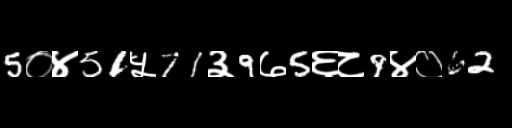
Text: 5०४51५71३9७5६८9४०62